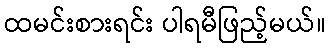
ထမင်းစားရင်း ပါရမီဖြည့်မယ်။